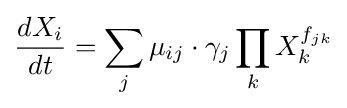
{\frac {dX_{i}}{dt}}=\sum _{j}\mu _{ij}\cdot \gamma _{j}\prod _{k}X_{k}^{f_{jk}}